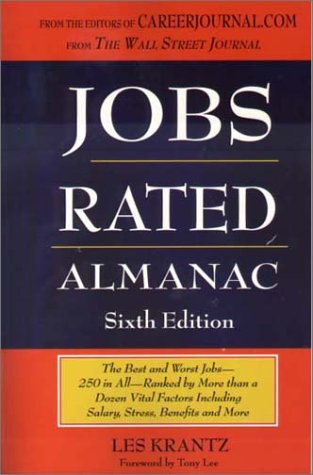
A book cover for Jobs Rated Almanac: The Best and Worst Jobs - 250 in All - Ranked by More Than a Dozen Vital Factors Including Salary, Stress, Benefits, and More (Jobs Rated Almanac, 6th Ed, 2002); Les Krantz; Business & Money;